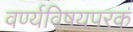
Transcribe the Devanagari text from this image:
वर्ण्यविषयपरक